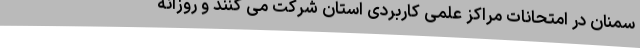
سمنان در امتحانات مراکز علمی کاربردی استان شرکت می کنند و روزانه